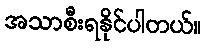
အသာစီးရနိုင်ပါတယ်။